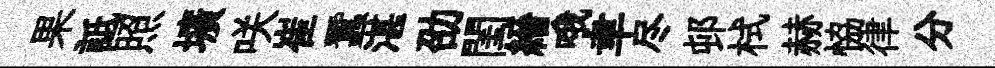
果詆照壙咲崔蠶湛劭閨縉哦聿尽邨栻赫恊律分